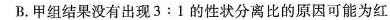
B.甲组结果没有出现$$3 : 1$$ 的性状分离比的原因可能为红